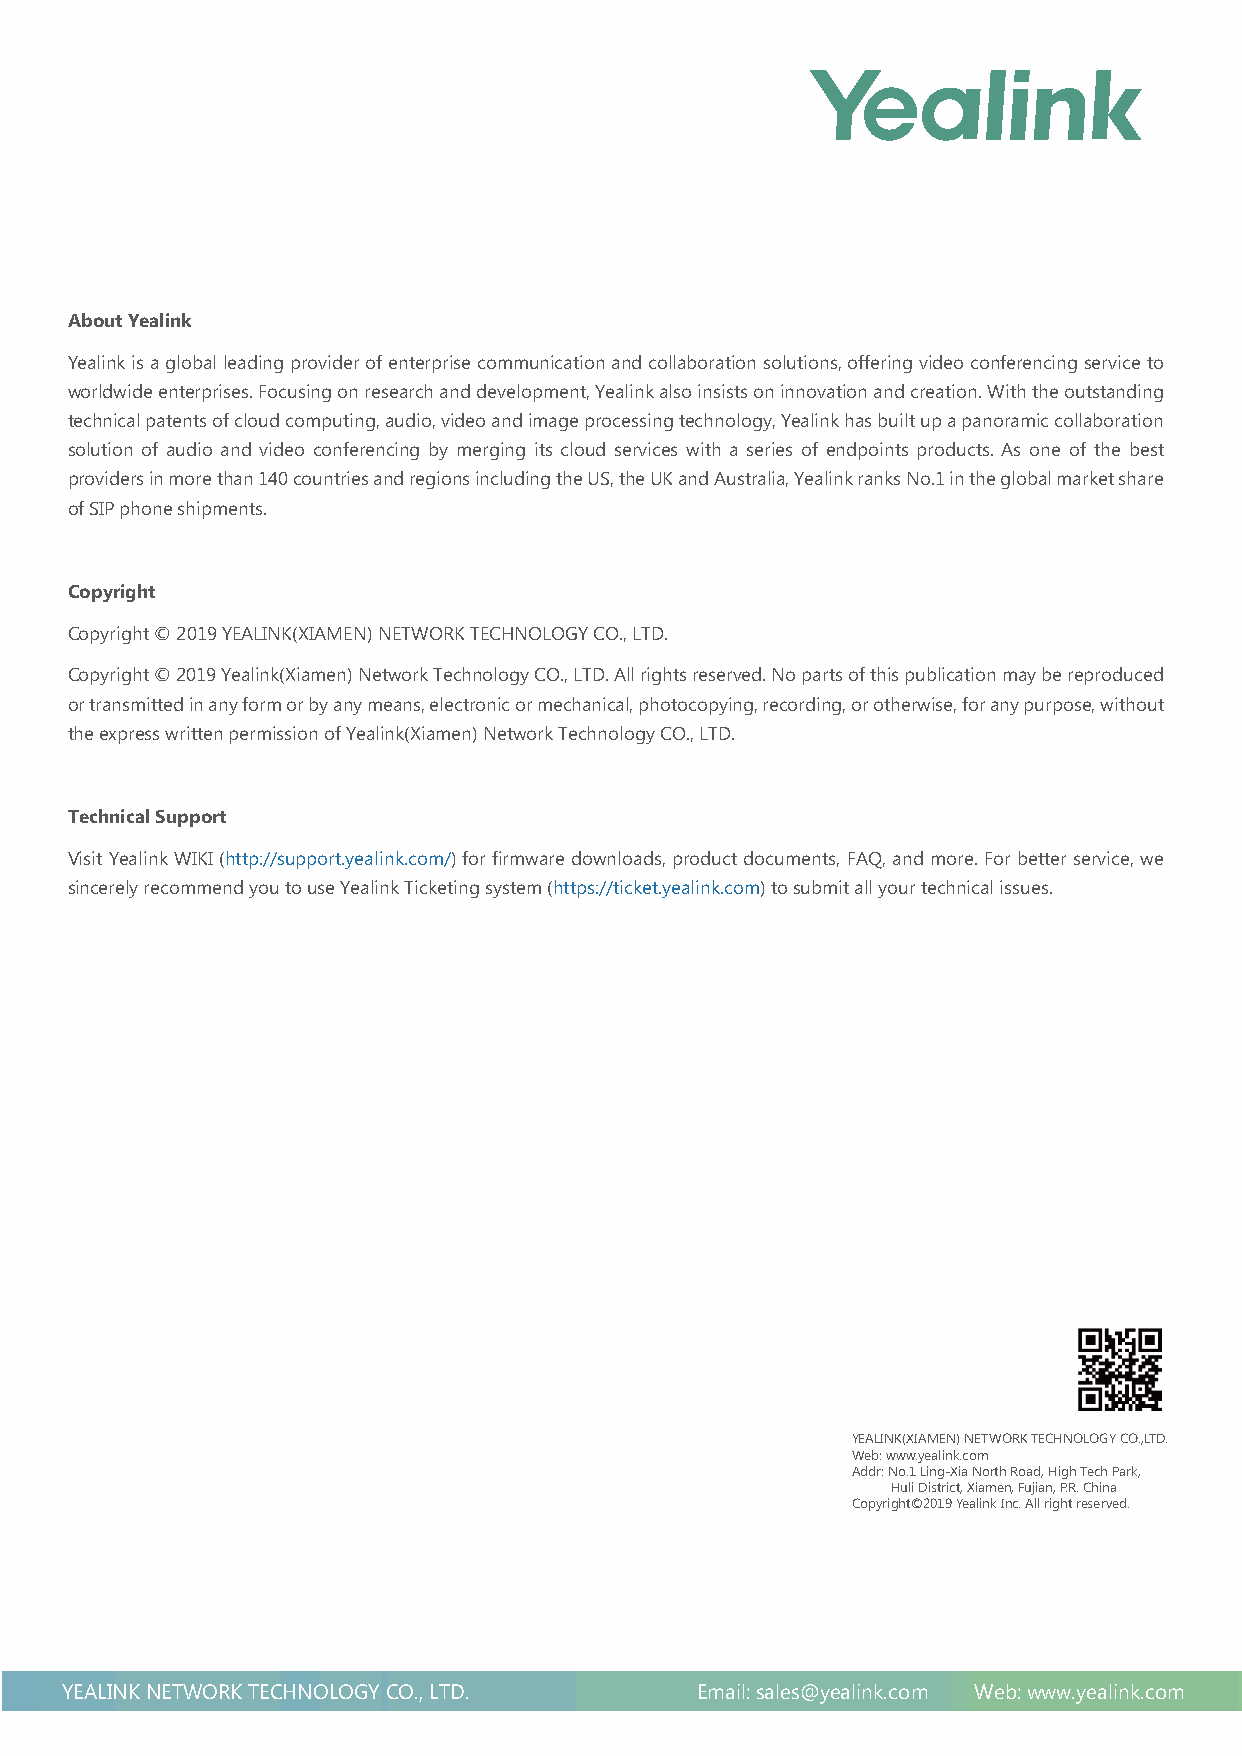
About Yealink
 Yealink is a global leading provider of enterprise communication and collaboration solutions, offering video conferencing service to
 worldwide enterprises. Focusing on research and development, Yealink also insists on innovation and creation. With the outstanding
 technical patents of cloud computing, audio, video and image processing technology, Yealink has built up a panoramic collaboration
 solution of audio and video conferencing by merging its cloud services with a series of endpoints products. As one of the best
 providers in more than 140 countries and regions including the US, the UK and Australia, Yealink ranks No.1 in the global market share
 of SIP phone shipments.
 Copyright
 Copyright © 2019 YEALINK(XIAMEN) NETWORK TECHNOLOGY CO., LTD.
 Copyright © 2019 Yealink(Xiamen) Network Technology CO., LTD. All rights reserved. No parts of this publication may be reproduced
 or transmitted in any form or by any means, electronic or mechanical, photocopying, recording, or otherwise, for any purpose, without
 the express written permission of Yealink(Xiamen) Network Technology CO., LTD.
 Technical Support
 Visit Yealink WIKI (http://support.yealink.com/) for firmware downloads, product documents, FAQ, and more. For better service, we
 sincerely recommend you to use Yealink Ticketing system (https://ticket.yealink.com) to submit all your technical issues.
 YEALINK(XIAMEN) NETWORK TECHNOLOGY CO.,LTD.
 Web: www.yealink.com
 Addr: No.1 Ling-Xia North Road, High Tech Park,
 Huli District, Xiamen, Fujian, P.R. China
 Copyright©2019 Yealink Inc. All right reserved.
 YEALINK NETWORK TECHNOLOGY CO., LTD.      Email: sales@yealink.com Web: www.yealink.com